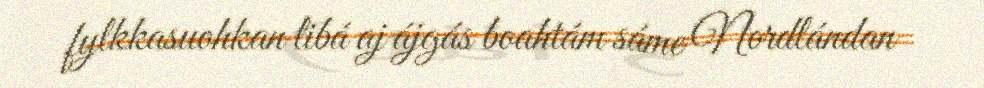
fylkkasuohkan libá aj ájgás boahtám sáme Nordlándan